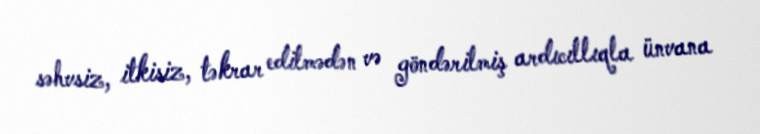
səhvsiz, itkisiz, təkrar edilmədən və göndərilmiş ardıcıllıqla ünvana